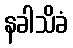
နခါသိခံ